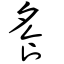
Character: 飧